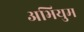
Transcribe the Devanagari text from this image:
अभियुम